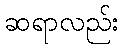
ဆရာလည်း